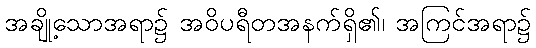
အချို့သောအရာ၌ အဝိပရီတအနက်ရှိ၏၊ အကြင်အရာ၌